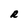
Character: R